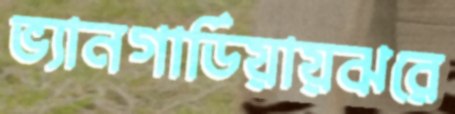
ভ্যানগার্ডিয়ায়ঝরে